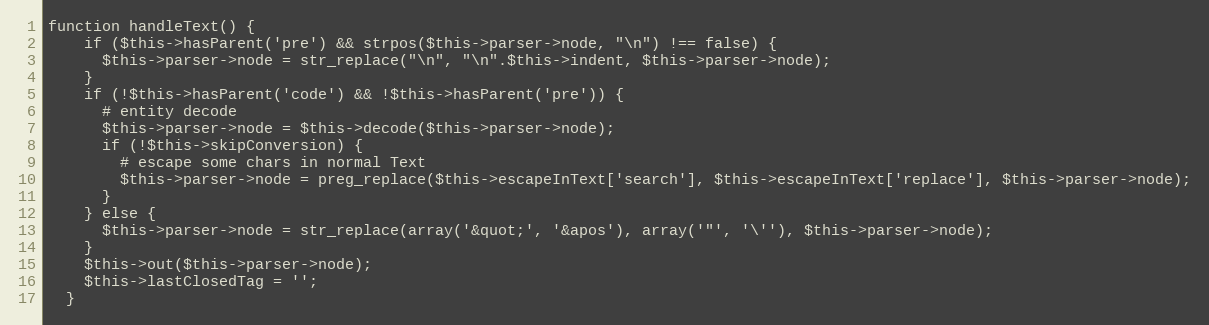
Language: PHP
function handleText() {
    if ($this->hasParent('pre') && strpos($this->parser->node, "\n") !== false) {
      $this->parser->node = str_replace("\n", "\n".$this->indent, $this->parser->node);
    }
    if (!$this->hasParent('code') && !$this->hasParent('pre')) {
      # entity decode
      $this->parser->node = $this->decode($this->parser->node);
      if (!$this->skipConversion) {
        # escape some chars in normal Text
        $this->parser->node = preg_replace($this->escapeInText['search'], $this->escapeInText['replace'], $this->parser->node);
      }
    } else {
      $this->parser->node = str_replace(array('&quot;', '&apos'), array('"', '\''), $this->parser->node);
    }
    $this->out($this->parser->node);
    $this->lastClosedTag = '';
  }